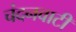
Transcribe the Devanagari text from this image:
चंदनवाटी